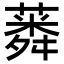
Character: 𦺸